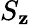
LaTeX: S_{\mathbf{z}}